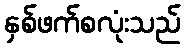
နှစ်ဖက်စလုံးသည်